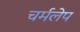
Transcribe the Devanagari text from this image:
चर्मलेप